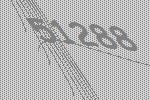
51288